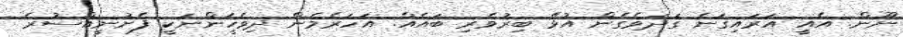
ނޫން. އެއީ އަރައިގަނެ ގަދަވެގެން އުޅޭ ބިރުވެރި ބައެއް. އަހަރެމެން ދިވެހީަންނަކީ ފެށުނީއްސުރެ